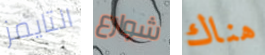
التايمز شوارع هناك